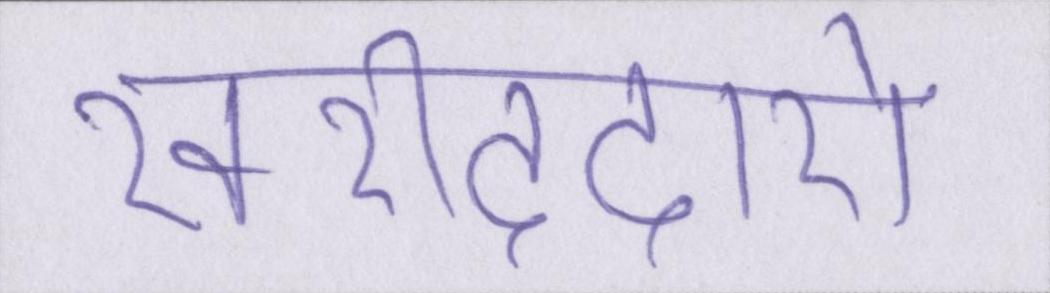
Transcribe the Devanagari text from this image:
खरीददारों